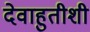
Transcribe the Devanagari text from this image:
देवाहुतीशी